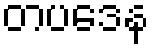
တပဒေန